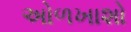
અોળખાશો